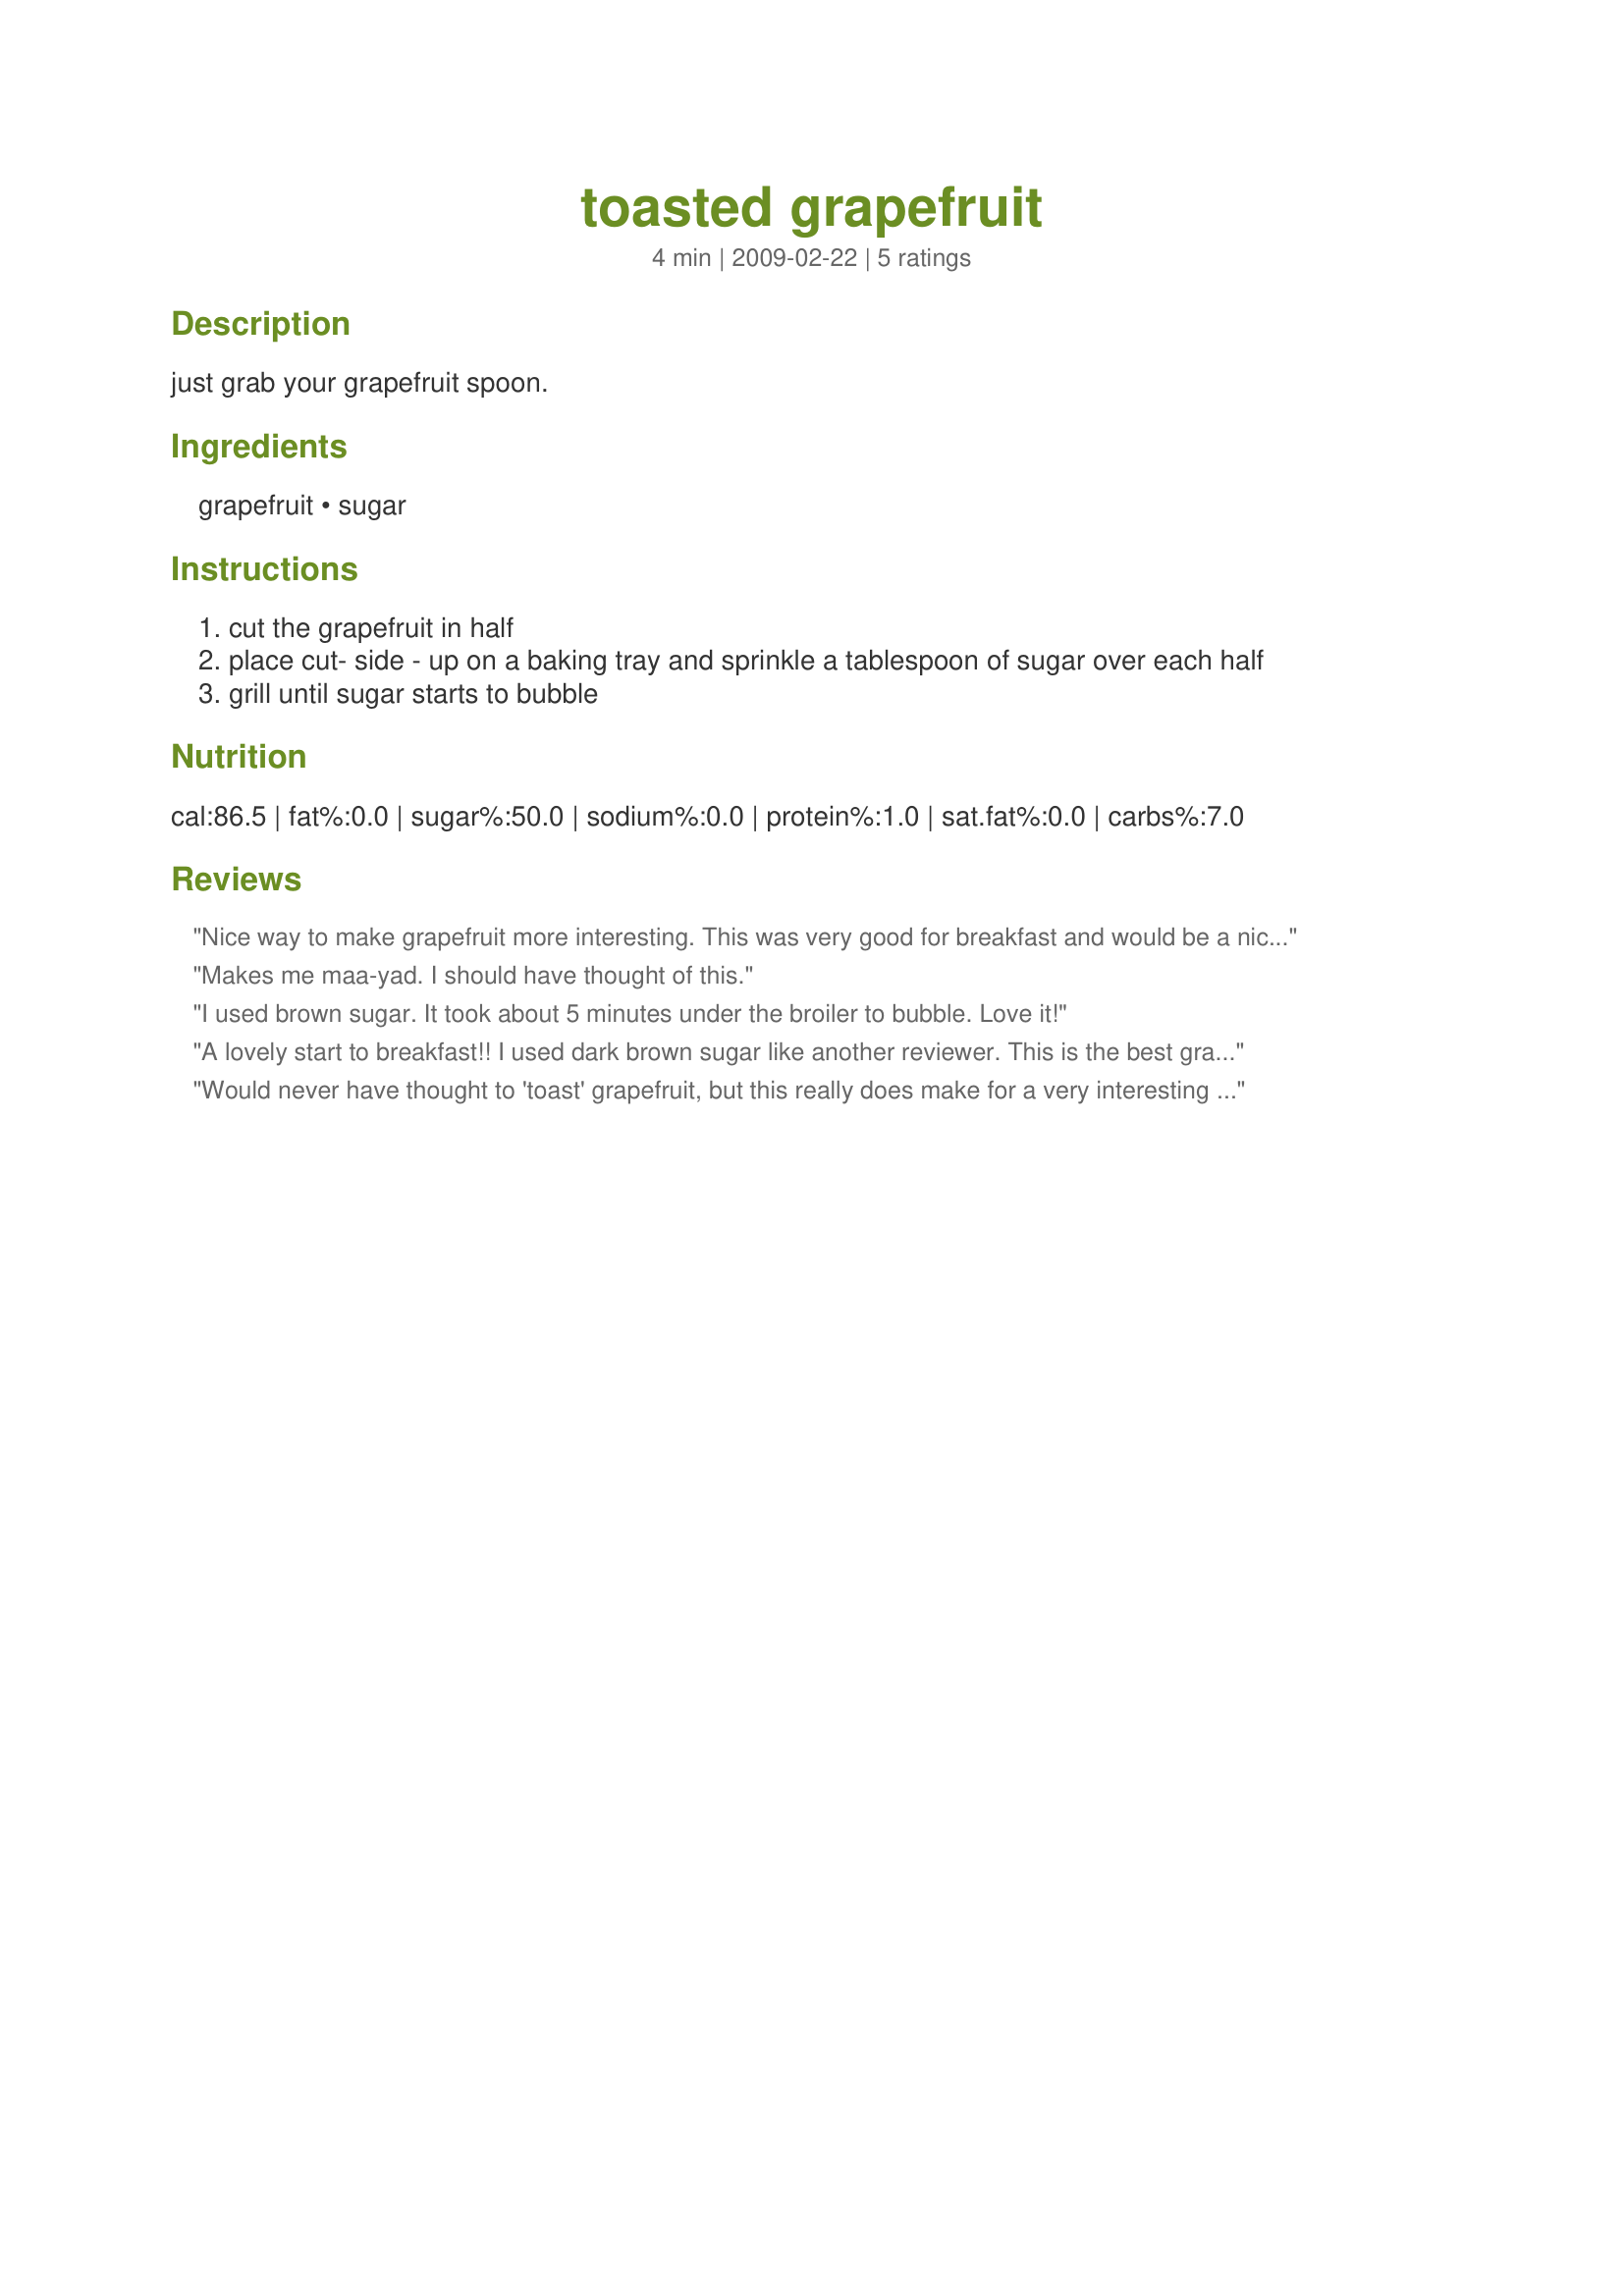
toasted grapefruit
Preparation time: 4 minutes

just grab your grapefruit spoon.

Ingredients:
grapefruit, sugar

Steps:
cut the grapefruit in half
place cut- side - up on a baking tray and sprinkle a tablespoon of sugar over each half
grill until sugar starts to bubble

Reviews:
Nice way to make grapefruit more interesting. This was very good for breakfast and would be a nice little afternoon snack, too. Made for ZWT6 SSaSSy's
Makes me maa-yad. I should have thought of this.
I used brown sugar. It took about 5 minutes under the broiler to bubble. Love it!
A lovely start to breakfast!! I used dark brown sugar like another reviewer. This is the best grapefruit recipe I have made. I would make it again. Made for Veggie Swap 31 ~ February 2011
Would never have thought to 'toast' grapefruit, but this really does make for a very interesting & satisfying lead-in to the omelet breakfast we had! Will do this much more in the future, for sure! [Tagged, made & reviewed as a recipenap in the Vegetarian/Vegan Recipe Swap 16]
